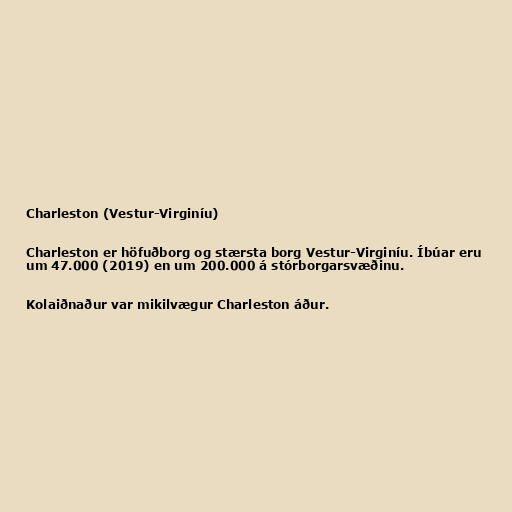
Charleston (Vestur-Virginíu)

Charleston er höfuðborg og stærsta borg Vestur-Virginíu. Íbúar eru
um 47.000 (2019) en um 200.000 á stórborgarsvæðinu.

Kolaiðnaður var mikilvægur Charleston áður.